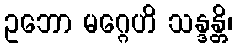
ဥဘော မဂ္ဂေဟိ သန္ဒန္တိ၊